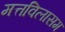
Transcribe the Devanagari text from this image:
मत्तविलासम